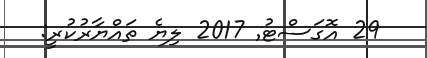
29 އޮގަސްޓު